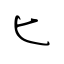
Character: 匕